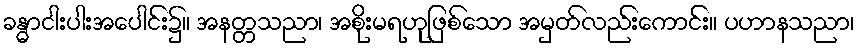
ခန္ဓာငါးပါးအပေါင်း၌။ အနတ္တသညာ၊ အစိုးမရဟုဖြစ်သော အမှတ်လည်းကောင်း။ ပဟာနသညာ၊